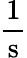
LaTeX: \mathrm{{\frac{1}{s}}}